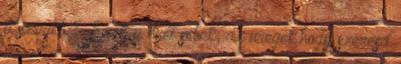
a szívükből. Ezek a nyílt sebek, az üregek.hogy szeresd